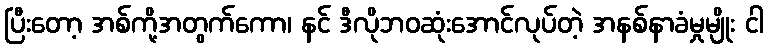
ပြီးတော့ အစ်ကို့အတွက်ကော၊ နင် ဒီလိုဘဝဆုံးအောင်လုပ်တဲ့ အနစ်နာခံမှုမျိုး ငါ